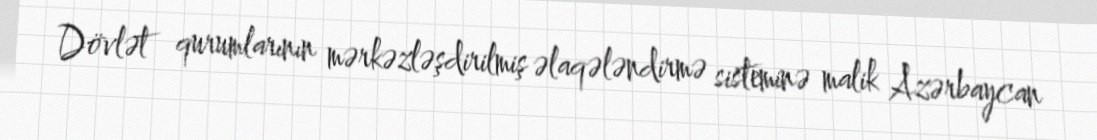
Dövlət qurumlarının mərkəzləşdirilmiş əlaqələndirmə sisteminə malik Azərbaycan